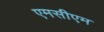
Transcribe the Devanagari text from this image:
एमसीएम